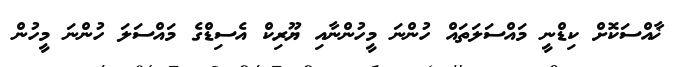
ޚާއްސަކޮށް ކިޑްނީ މައްސަލަތައް ހުންނަ މީހުންނާއި ޔޫރިކް އެސިޑްގެ މައްސަލަ ހުންނަ މީހުން